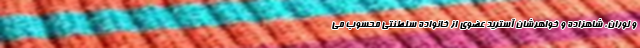
و لوران، شاهزاده و خواهرشان آسترید عضوی از خانواده سلطنتی محسوب می